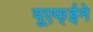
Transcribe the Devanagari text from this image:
यूएफ्ईने